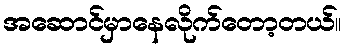
အဆောင်မှာနေလိုက်တော့တယ်။